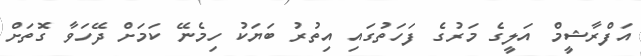
އަފްރާޝީމް އަލީގެ މަރުގެ ފަހަތުގައި އިތުރު ބަޔަކު ހިމެނޭ ކަމަށް ދޭހަވާ ގޮތަށް